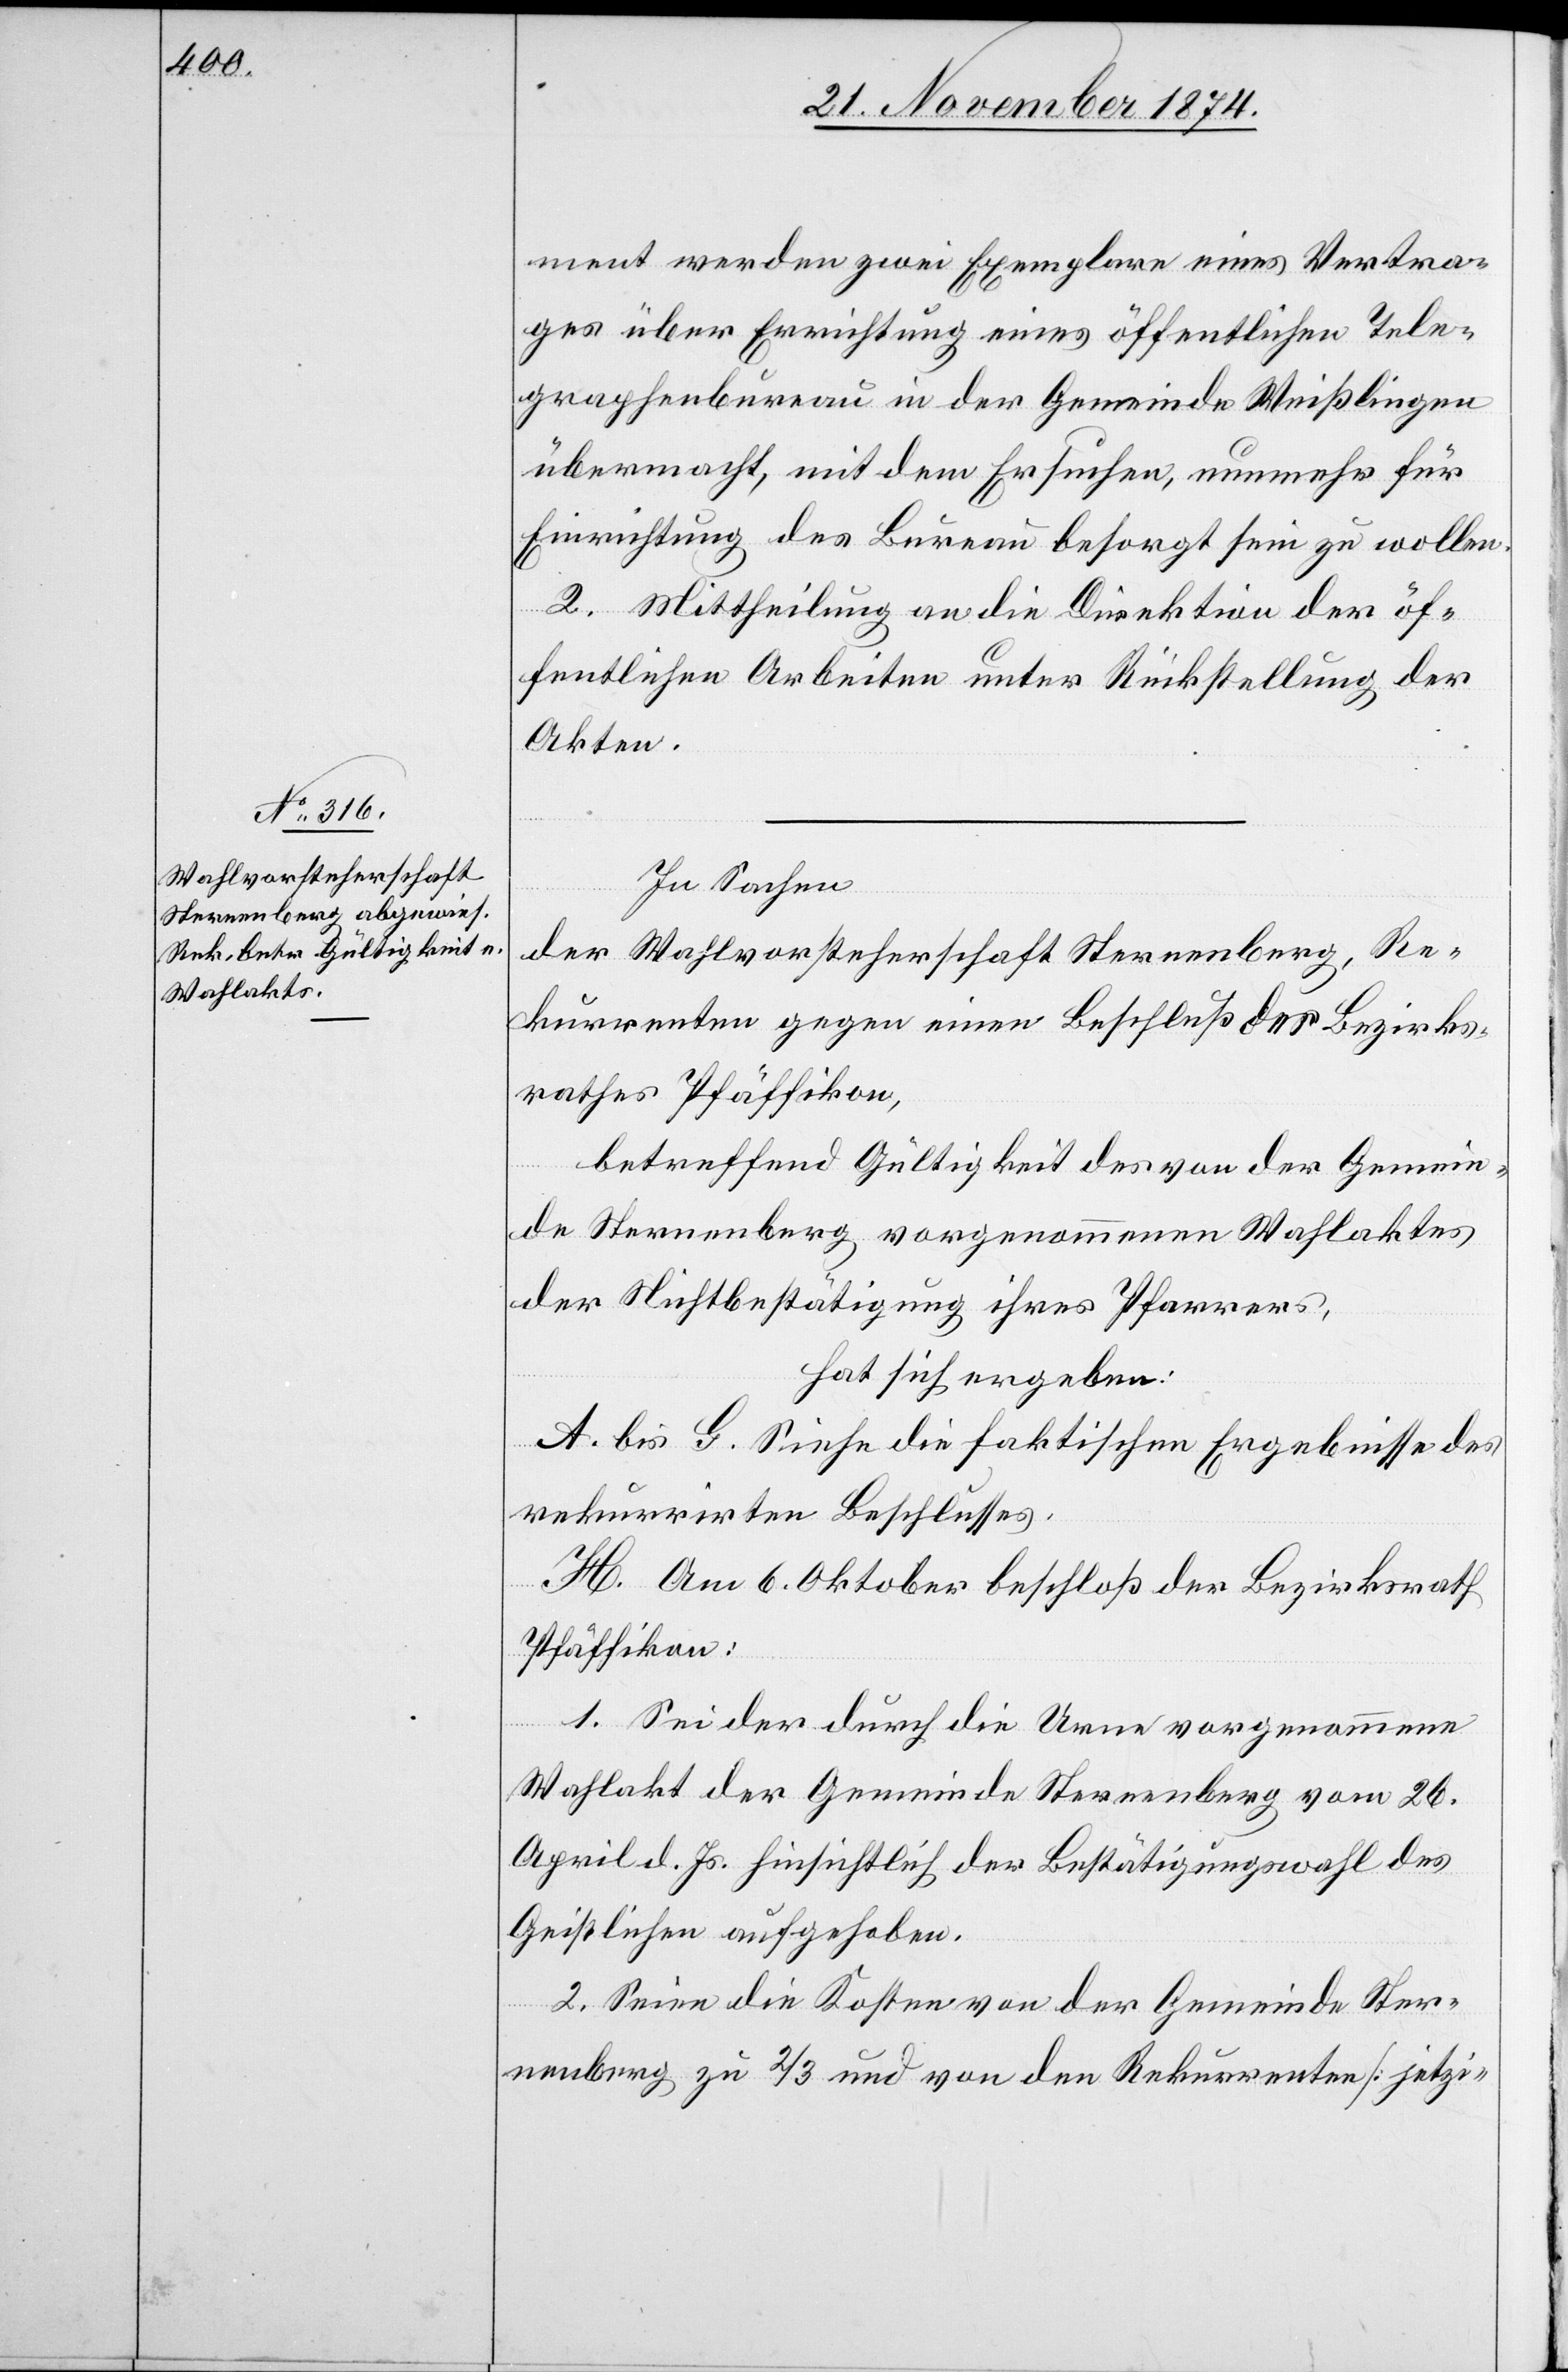
ment werden zwei Exemplare eines Vertra¬
ges über Errichtung eines öffentlichen Tele¬
graphenbureau in der Gemeinde Weißlingen
übermacht, mit dem Ersuchen, nunmehr für
Einrichtung des Bureau besorgt sein zu wollen.
2. Mittheilung an die Direktion der öf¬
fentlichen Arbeiten unter Rückstellung der
Akten.
In Sachen
der Wahlvorsteherschaft Sternenberg, Re¬
kurrenten gegen einen Beschluß des Bezirks¬
rathes Pfäffikon,
betreffend Gültigkeit des von der Gemein¬
de Sternenberg vorgenommenen Wahlaktes
der Nichtbestätigung ihres Pfarrers,
hat sich ergeben:
A. bis G. Siehe die faktischen Ergebnisse des
rekurrirten Beschlusses.
H. Am 6. Oktober beschloß der Bezirksrath
Pfäffikon:
1. Sei der durch die Urne vorgenommene
Wahlakt der Gemeinde Sternenberg vom 26.
April d. Js. hinsichtlich der Bestätigungswahl des
Geistlichen aufgehoben.
2. Seien die Kosten von der Gemeinde Ster¬
nenberg zu 2/3 und von den Rekurrenten [jetzi-